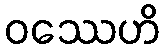
ဝဿေဟိ